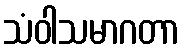
သံဝါသမာဂတာ